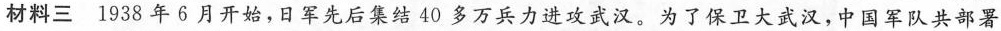
材料三1938年6月开始，日军先后集结40多万兵力进攻武汉。为了保卫大武汉，中国军队共部署